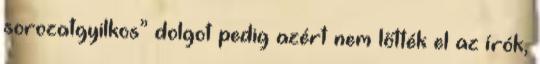
sorozatgyilkos” dolgot pedig azért nem lőtték el az írók,